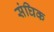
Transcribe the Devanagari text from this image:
संघिक